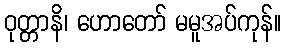
ဝုတ္တာနိ၊ ဟောတော် မမူအပ်ကုန်။